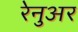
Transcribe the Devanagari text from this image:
रेनुअर